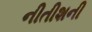
નીતીશની